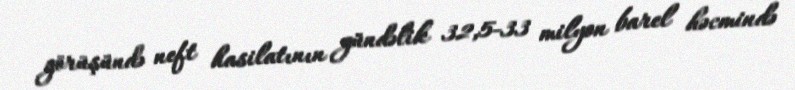
görüşündə neft hasilatının gündəlik 32,5-33 milyon barel həcmində